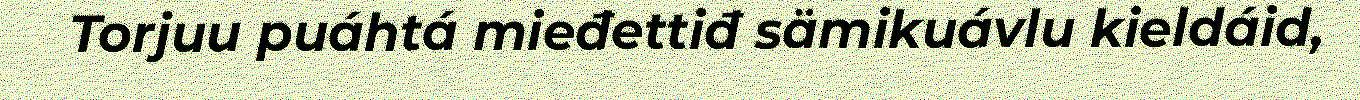
Torjuu puáhtá mieđettiđ sämikuávlu kieldáid,